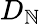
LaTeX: D_{\mathbb{N}}